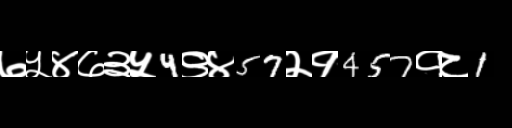
Text: ७५४७३५4९४57२१457१८1